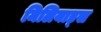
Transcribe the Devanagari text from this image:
मिलियाड्स